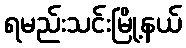
ရမည်းသင်းမြို့နယ်